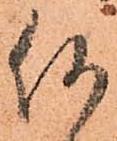
何